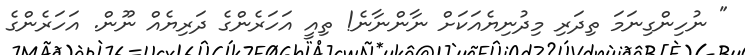
" ނުހިންގިނަމަ ތިދަރި މިދުނިޔެއަކަށް ނާންނާނެ! ތިއީ އަހަރެންގެ ދަރިޔެއް ނޫން. އަހަރެންގެ